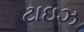
ટાઇઝ